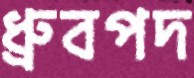
ধ্রুবপদ